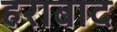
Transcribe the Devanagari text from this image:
हराबाद